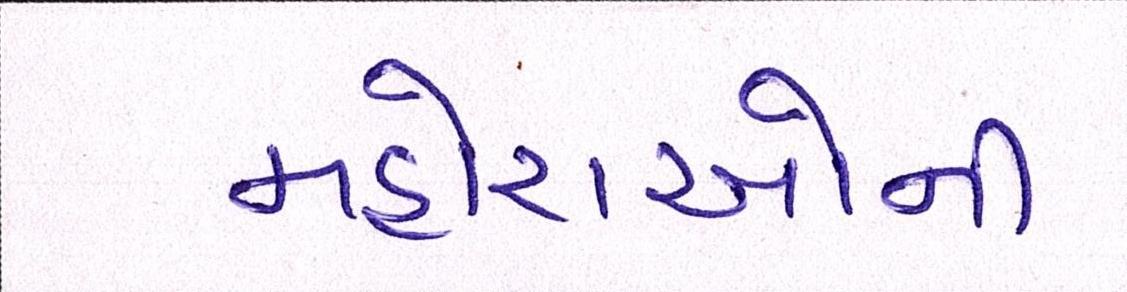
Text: મહોરાઓની